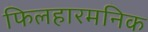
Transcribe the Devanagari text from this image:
फिलहारमनिक